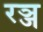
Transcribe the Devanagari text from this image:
रञ्ज